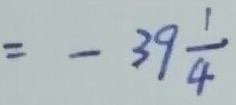
= - 3 9 \frac { 1 } { 4 }